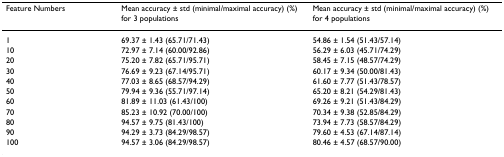
<table><thead><tr><td><b>Feature Numbers</b></td><td><b>Mean accuracy ± std (minimal/maximal accuracy) (%) for 3 populations</b></td><td><b>Mean accuracy ± std (minimal/maximal accuracy) (%) for 4 populations</b></td></tr></thead><tbody><tr><td>1</td><td>69.37 ± 1.43 (65.71/71.43)</td><td>54.86 ± 1.54 (51.43/57.14)</td></tr><tr><td>10</td><td>72.97 ± 7.14 (60.00/92.86)</td><td>56.29 ± 6.03 (45.71/74.29)</td></tr><tr><td>20</td><td>75.20 ± 7.82 (65.71/95.71)</td><td>58.45 ± 7.15 (48.57/74.29)</td></tr><tr><td>30</td><td>76.69 ± 9.23 (67.14/95.71)</td><td>60.17 ± 9.34 (50.00/81.43)</td></tr><tr><td>40</td><td>77.03 ± 8.65 (68.57/94.29)</td><td>61.60 ± 7.77 (51.43/78.57)</td></tr><tr><td>50</td><td>79.94 ± 9.36 (55.71/97.14)</td><td>65.20 ± 8.21 (54.29/81.43)</td></tr><tr><td>60</td><td>81.89 ± 11.03 (61.43/100)</td><td>69.26 ± 9.21 (51.43/84.29)</td></tr><tr><td>70</td><td>85.23 ± 10.92 (70.00/100)</td><td>70.34 ± 9.38 (52.85/84.29)</td></tr><tr><td>80</td><td>94.57 ± 9.75 (81.43/100)</td><td>73.94 ± 7.73 (58.57/84.29)</td></tr><tr><td>90</td><td>94.29 ± 3.73 (84.29/98.57)</td><td>79.60 ± 4.53 (67.14/87.14)</td></tr><tr><td>100</td><td>94.57 ± 3.06 (84.29/98.57)</td><td>80.46 ± 4.57 (68.57/90.00)</td></tr></tbody></table>